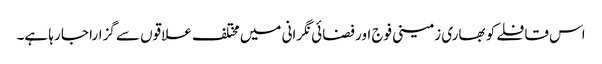
اس قافلے کو بھاری زمینی فوج اور فضائی نگرانی میں مختلف علاقوں سے گزارا جا رہا ہے۔